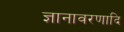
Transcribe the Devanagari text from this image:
ज्ञानावरणादि